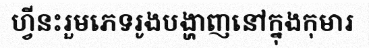
ហ្វីនះរួមភេទរូងបង្ហាញនៅក្នុងកុមារ